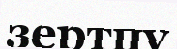
зертпу